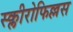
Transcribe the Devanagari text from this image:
स्क्लीरोफिल्लस